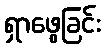
ရှာဖွေခြင်း